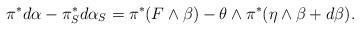
LaTeX: \begin{align*} \pi^*d\alpha - \pi_S^*d\alpha_S = \pi^*(F \wedge \beta) - \theta \wedge \pi^*(\eta\wedge\beta + d\beta).\end{align*}